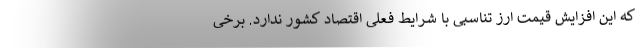
که این افزایش قیمت ارز تناسبی با شرایط فعلی اقتصاد کشور ندارد. برخی